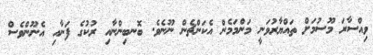
ވިއްސާރަ މޫސުމަށް ތައްޔާރުވަނީ މަންމަމެން އެކަންޗެން ނޫނެވެ. ބޮނބިންނާއި ރުކުގެ ފަނާއި އެނޫންވެސް